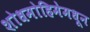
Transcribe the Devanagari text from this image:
शोधमोहिमेमधून